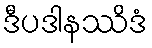
ဒီပဒါနဿိဒံ